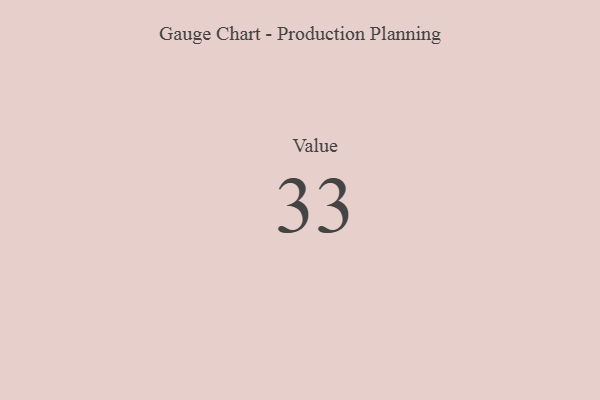
{"axis": {"x": "Metric", "y": "Value"}, "legend": [""], "data": [{"x": "Value", "y": 33, "type": ""}]}